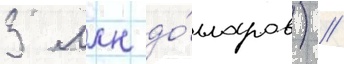
3 млн до́лларов) //